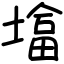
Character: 墖